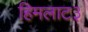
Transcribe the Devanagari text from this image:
हिमलाट३